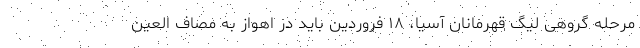
مرحله گروهی لیگ قهرمانان آسیا، ۱۸ فروردین باید در اهواز به مصاف العین